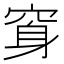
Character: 䆤